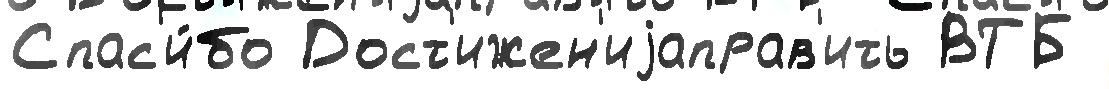
Спас'и́бо Дост'ижен'иjаправ'ить ВТБ